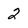
Character: 2